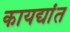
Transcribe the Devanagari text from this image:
कायद्यांत